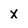
Character: X